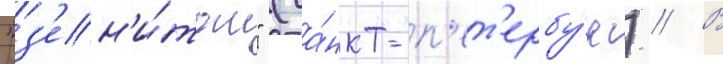
"з'ен'и́том" (са́нкт-п'ет'ербу́рг) // В